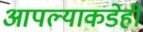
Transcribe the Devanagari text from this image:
आपल्याकडेही